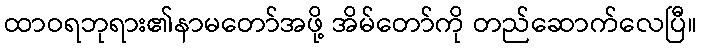
ထာဝရဘုရား၏နာမတော်အဖို့ အိမ်တော်ကို တည်ဆောက်လေပြီ။